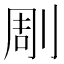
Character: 㓮